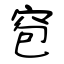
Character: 窇